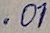
Text: .O1